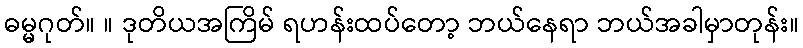
ဓမ္မဂုတ်။ ။ ဒုတိယအကြိမ် ရဟန်းထပ်တော့ ဘယ်နေရာ ဘယ်အခါမှာတုန်း။